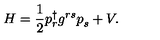
H = { \frac { 1 } { 2 } } p _ { r } ^ { \dagger } g ^ { r s } p _ { s } ^ { } + V .